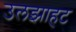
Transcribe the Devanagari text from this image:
उलझाहट